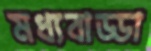
মধ্যবাড্ডা